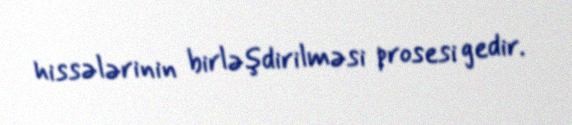
hissələrinin birləşdirilməsi prosesi gedir.